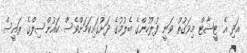
އަދި އެ ޓީޝާޓް މިވަގުތު ވަނީ ފުލުހުންގެ ބެލުމުގެ ދަށުގައިކަމަށްވެސް ކައުންސިލްގެ ރައީސް